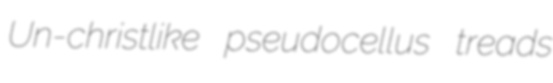
Un-christlike pseudocellus treads